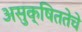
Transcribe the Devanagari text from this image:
असुक्षिततेचे